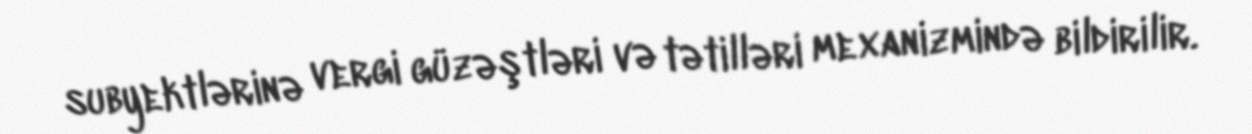
subyektlərinə vergi güzəştləri və tətilləri mexanizmində bildirilir.